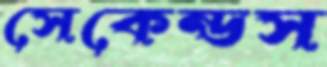
সেকেন্ডস